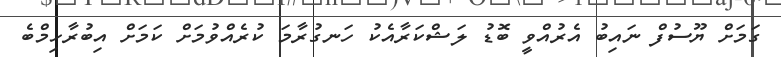
ގަމަށް ޔޫސުފް ނައިބު އެރުއްވީ ބޮޑު ލަޝްކަރާއެކު ހަނގުރާމަ ކުރެއްވުމަށް ކަމަށް އިބުރާހިމްބެ